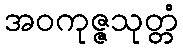
အဝကုဇ္ဇသုတ္တံ